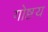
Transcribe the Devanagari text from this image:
गोष्टय